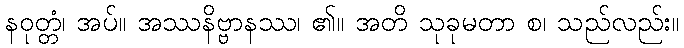
နဝုတ္တံ၊ အပ်။ အဿနိဗ္ဗာနဿ၊ ၏။ အတိ သုခုမတာ စ၊ သည်လည်း။